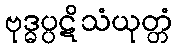
ဗုဒ္ဓပ္ပဋိသံယုတ္တံ